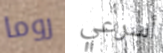
روما أسرعي